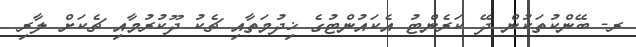
ރ- ބޭންކުތަކުން ދޭ ކަރެންޓު އެކައުންޓުގެ ޚިދުމަތާއި ޗެކު ދޫކުރުމާއި ޗެކަށް ލާރި